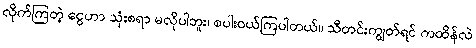
လိုက်ကြတဲ့ ငွေဟာ သုံးစရာ မလိုပါဘူး၊ စပါးဝယ်ကြပါတယ်။ သီတင်းကျွတ်ရင် ကထိန်လဲ